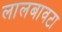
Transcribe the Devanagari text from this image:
लालबावटा